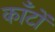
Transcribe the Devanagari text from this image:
कॉँटों